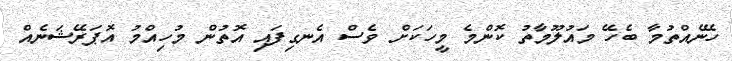
ހޭނެއްތުމާ ބެހޭ މައުލޫމާތު ކޮންމެ މީހަކަށް ވެސް އެނގިފައި އޮތުން މުހިއްމު އޮޕަރޭޝަނެއް